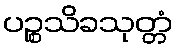
ပဉ္စသိခသုတ္တံ